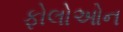
ફોલોઓન